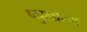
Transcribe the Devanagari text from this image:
प्युलोरम